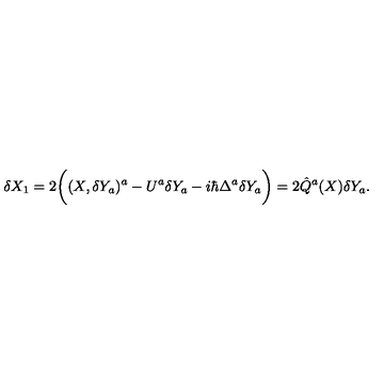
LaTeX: \delta X _ { 1 } = 2 \bigg ( ( X , \delta Y _ { a } ) ^ { a } - U ^ { a } \delta Y _ { a } - i \hbar \Delta ^ { a } \delta Y _ { a } \bigg ) = 2 \hat { Q } ^ { a } ( X ) \delta Y _ { a } .